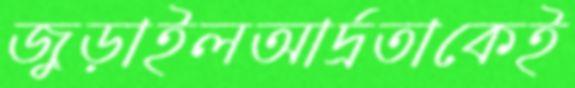
জুড়াইলআর্দ্রতাকেই